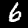
Digit: 6